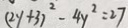
( 2 y + 3 ) ^ { 2 } - 4 y ^ { 2 } = 2 7